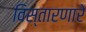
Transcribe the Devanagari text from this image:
विस्तारणारे